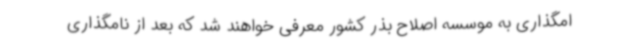
امگذاری به موسسه اصلاح بذر کشور معرفی خواهند شد که بعد از نامگذاری